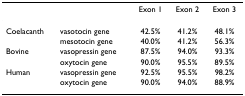
<table><thead><tr><td></td><td></td><td><b>Exon 1</b></td><td><b>Exon 2</b></td><td><b>Exon 3</b></td></tr></thead><tbody><tr><td>Coelacanth</td><td>vasotocin gene</td><td>42.5%</td><td>41.2%</td><td>48.1%</td></tr><tr><td></td><td>mesotocin gene</td><td>40.0%</td><td>41.2%</td><td>56.3%</td></tr><tr><td>Bovine</td><td>vasopressin gene</td><td>87.5%</td><td>94.0%</td><td>93.3%</td></tr><tr><td></td><td>oxytocin gene</td><td>90.0%</td><td>95.5%</td><td>89.5%</td></tr><tr><td>Human</td><td>vasopressin gene</td><td>92.5%</td><td>95.5%</td><td>98.2%</td></tr><tr><td></td><td>oxytocin gene</td><td>90.0%</td><td>94.0%</td><td>88.9%</td></tr></tbody></table>